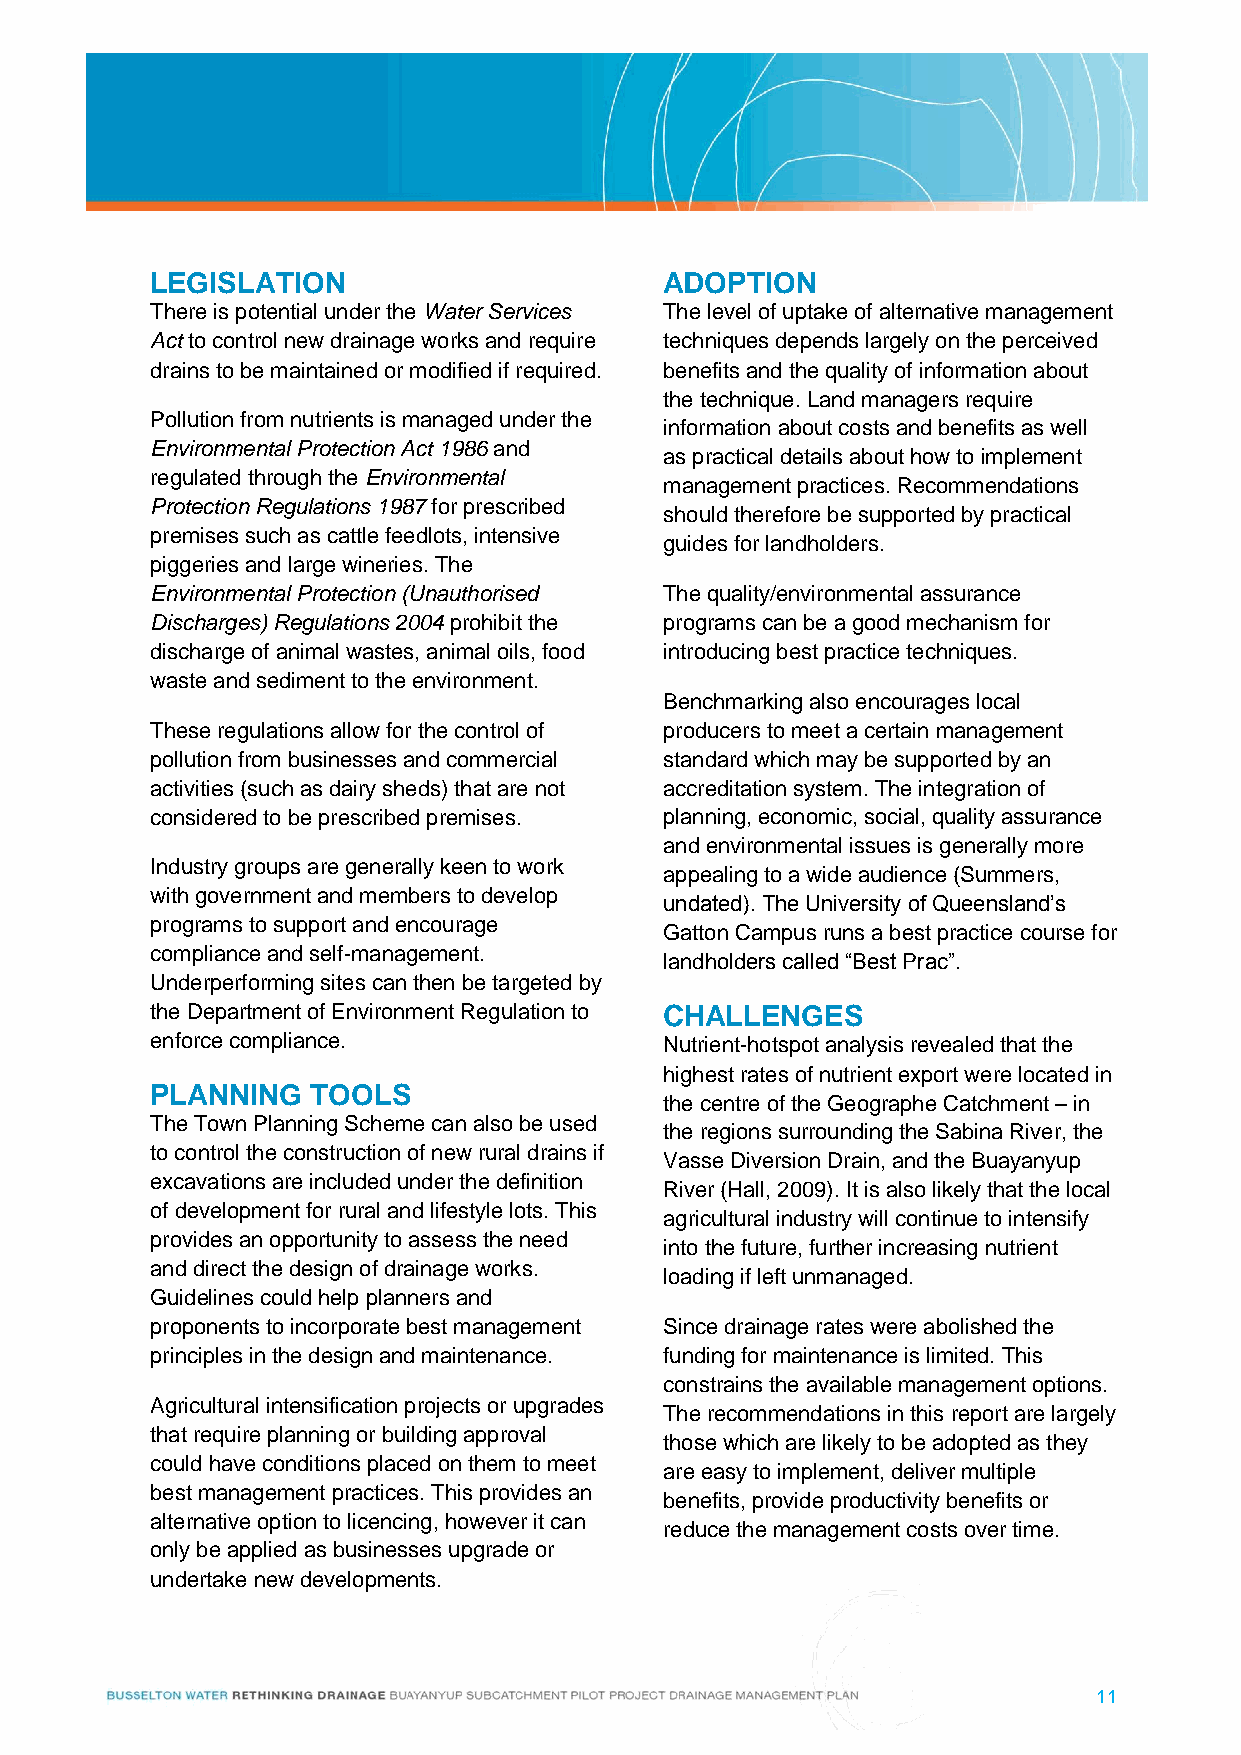
LEGISLATION                       ADOPTION
 There is potential under the Water Services The level of uptake of alternative management
 Act to control new drainage works and require techniques depends largely on the perceived
 drains to be maintained or modified if required. benefits and the quality of information about
 the technique. Land managers require
 Pollution from nutrients is managed under the
 information about costs and benefits as well
 Environmental Protection Act 1986 and
 as practical details about how to implement
 regulated through the Environmental
 management practices. Recommendations
 Protection Regulations 1987 for prescribed
 should therefore be supported by practical
 premises such as cattle feedlots, intensive
 guides for landholders.
 piggeries and large wineries. The
 Environmental Protection (Unauthorised The quality/environmental assurance
 Discharges) Regulations 2004 prohibit the programs can be a good mechanism for
 discharge of animal wastes, animal oils, food introducing best practice techniques.
 waste and sediment to the environment.
 Benchmarking also encourages local
 These regulations allow for the control of producers to meet a certain management
 pollution from businesses and commercial standard which may be supported by an
 activities (such as dairy sheds) that are not accreditation system. The integration of
 considered to be prescribed premises. planning, economic, social, quality assurance
 and environmental issues is generally more
 Industry groups are generally keen to work
 appealing to a wide audience (Summers,
 with government and members to develop
 undated). The University of Queensland’s
 programs to support and encourage
 Gatton Campus runs a best practice course for
 compliance and self-management.
 landholders called “Best Prac”.
 Underperforming sites can then be targeted by
 the Department of Environment Regulation to CHALLENGES
 enforce compliance.               Nutrient-hotspot analysis revealed that the
 highest rates of nutrient export were located in
 PLANNING   TOOLS
 the centre of the Geographe Catchment – in
 The Town Planning Scheme can also be used
 the regions surrounding the Sabina River, the
 to control the construction of new rural drains if
 Vasse Diversion Drain, and the Buayanyup
 excavations are included under the definition
 River (Hall, 2009). It is also likely that the local
 of development for rural and lifestyle lots. This
 agricultural industry will continue to intensify
 provides an opportunity to assess the need
 into the future, further increasing nutrient
 and direct the design of drainage works.
 loading if left unmanaged.
 Guidelines could help planners and
 proponents to incorporate best management Since drainage rates were abolished the
 principles in the design and maintenance. funding for maintenance is limited. This
 constrains the available management options.
 Agricultural intensification projects or upgrades
 The recommendations in this report are largely
 that require planning or building approval
 those which are likely to be adopted as they
 could have conditions placed on them to meet
 are easy to implement, deliver multiple
 best management practices. This provides an
 benefits, provide productivity benefits or
 alternative option to licencing, however it can
 reduce the management costs over time.
 only be applied as businesses upgrade or
 undertake new developments.
 11